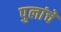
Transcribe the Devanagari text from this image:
पुलांचे